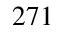
2 7 1